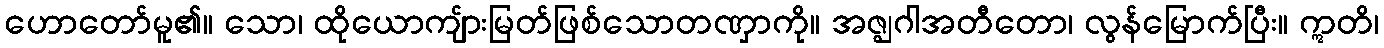
ဟောတော်မူ၏။ သော၊ ထိုယောကျ်ားမြတ်ဖြစ်သောတဏှာကို။ အဇ္ဈဂါအတီတော၊ လွန်မြောက်ပြီး။ ဣတိ၊